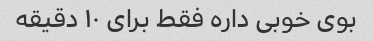
بوی خوبی داره فقط برای ۱۰ دقیقه